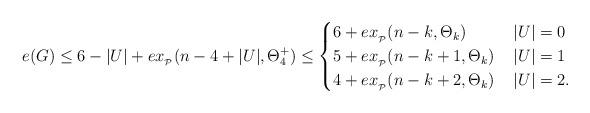
LaTeX: \begin{align*}e(G)\le 6-|U|+ex_{_\mathcal{P}}(n-4+|U|,\Theta_4^+) \le \begin{cases} 6 +ex_{_\mathcal{P}}(n-k,\Theta_k)& \, |U|=0 \\5+ex_{_\mathcal{P}}(n-k+1,\Theta_k) & \, |U|=1 \\4 +ex_{_\mathcal{P}}(n-k+2,\Theta_k)& \,|U|=2.\\ \end{cases} \medskip\end{align*}